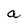
Character: a